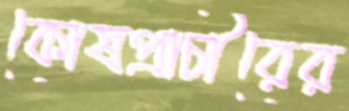
কোষপ্রাচীরের